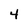
Character: 4